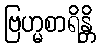
ဗြဟ္မစာရိန္တိ